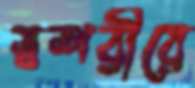
স্বশরীরে